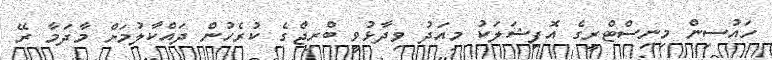
ހައުސިން މިނިސްޓްރީގެ އޮފިޝަލަކު މިއަދު ވިދާޅުވީ ބްރިޖްގެ ކުރެހުން ދައްކާލުމަށް މާދަމާ ރޭ